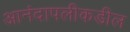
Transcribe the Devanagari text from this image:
आनंदापलीकडील